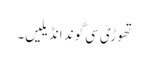
تھوڑی سی گوند انڈیلیں۔